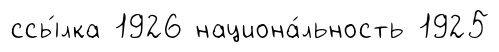
ссы́лка 1926 национа́льность 1925